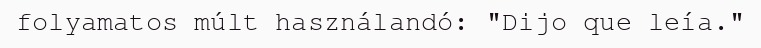
folyamatos múlt használandó: "Dijo que leía."